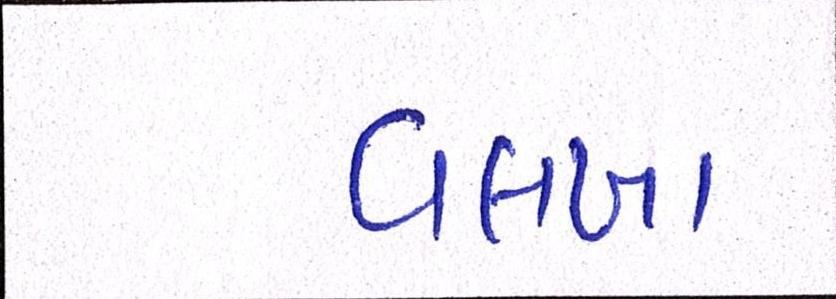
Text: વલખા